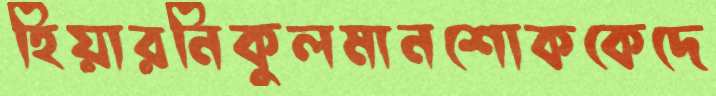
হিয়ারনিকুলমানশোককেদে